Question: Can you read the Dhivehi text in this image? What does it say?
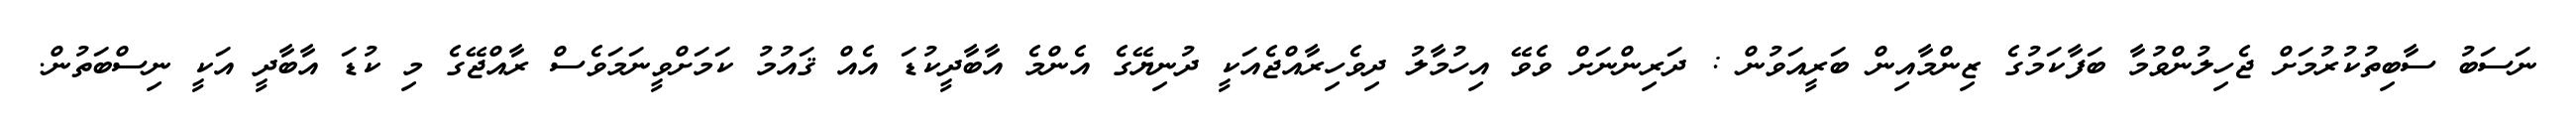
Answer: ނަސަބު ސާބިތުކުރުމަށް ޖެހިލުންވުމާ ބަފާކަމުގެ ޒިންމާއިން ބަރީއަވުން : ދަރިންނަށް ވެވޭ އިހުމާލު ދިވެހިރާއްޖެއަކީ ދުނިޔޭގެ އެންމެ އާބާދީކުޑަ އެއް ޤައުމު ކަމަށްވީނަމަވެސް ރާއްޖޭގެ މި ކުޑަ އާބާދީ އަކީ ނިސްބަތުން.